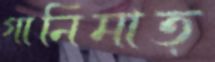
গানিমাত্